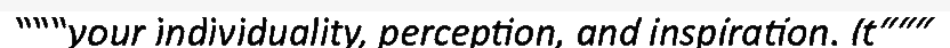
"""your individuality, perception, and inspiration. It"""